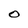
Character: 0